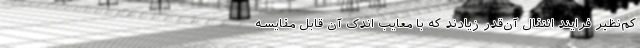
کم‌نظیر فرایند انتقال آن‌قدر زیادند که با معایب اندک آن قابل مقایسه